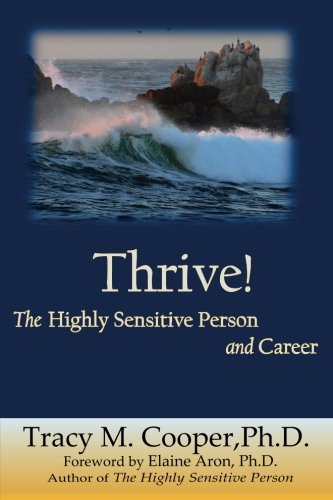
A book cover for Thrive: The Highly Sensitive Person and Career; Dr. Tracy M. Cooper; Self-Help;